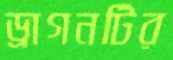
ড্রাগনটির